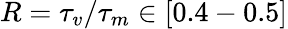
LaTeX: R=\tau_{v}/\tau_{m}\in[0.4-0.5]